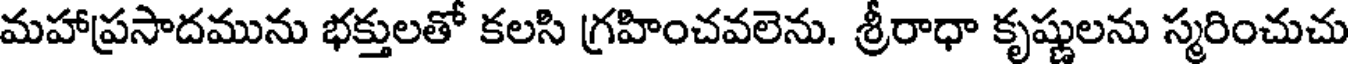
మహాప్రసాదమును భక్తులతో కలసి గ్రహించవలెను. శ్రీరాధా కృష్ణులను స్మరించుచు